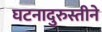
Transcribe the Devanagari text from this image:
घटनादुरुस्तीने